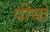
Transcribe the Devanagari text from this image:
पीयो